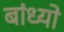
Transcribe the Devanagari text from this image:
बांध्‍यो